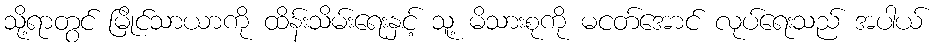
သို့ရာတွင် မြိုင်သာယာကို ထိန်းသိမ်းရေးနှင့် သူ့ မိသားစုကို မငတ်အောင် လုပ်ရေးသည် အပါယ်